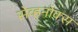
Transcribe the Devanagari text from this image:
सेव्हनोक्स